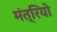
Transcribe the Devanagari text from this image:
मंत्रियो